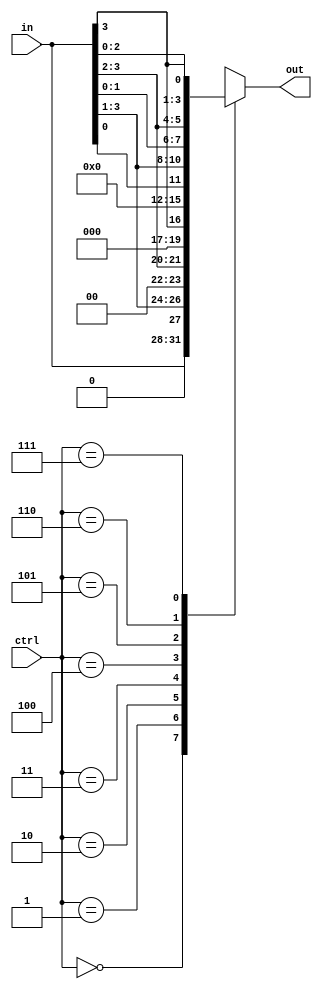
module shiftr_rotr4 (
        input [2:0] ctrl,
        input [3:0] in,
        output [3:0] out
    );
    always@(*)
        case(ctrl)
            3'b000: out = in;
            3'b001: out = {1'd0, in[3:1]};
            3'b010: out = {2'd0, in[3:2]};
            3'b011: out = {3'd0, in[3]};
            3'b100: out = {4'd0};
            3'b101: out = {in[0], in[3:1]}; 
            3'b110: out = {in[1:0], in[3:2]};
            3'b111: out = {in[2:0], in[3]};
            default: out = in;
        endcase

endmodule